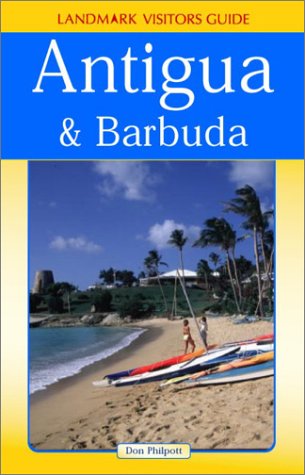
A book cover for Landmark Visitors Guide to Antigua & Barbuda (Antigua and Barbuda, 1st Ed); Nelles Verlag; Travel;